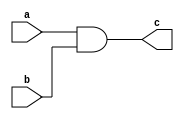
module and2_1bit (a,b,c);
input a;
input b;
output c;

assign c = a&b;
endmodule